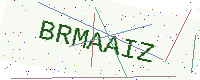
Text: BRMAAIZ